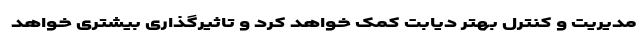
مدیریت و کنترل بهتر دیابت کمک خواهد کرد و تاثیرگذاری بیشتری خواهد